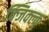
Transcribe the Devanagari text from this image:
क्जिक्ल्क्